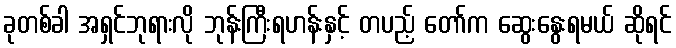
ခုတစ်ခါ အရှင်ဘုရားလို ဘုန်းကြီးရဟန်းနှင့် တပည့် တော်က ဆွေးနွေးရမယ် ဆိုရင်